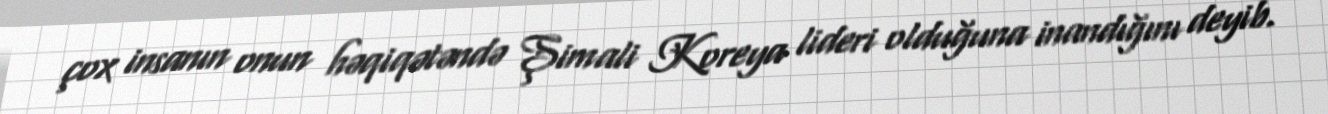
çox insanın onun həqiqətəndə Şimali Koreya lideri olduğuna inandığını deyib.